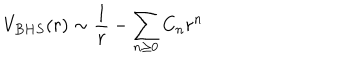
V _ { B H S } ( r ) \sim { \frac { 1 } { r } } - { \sum _ { n \ge 0 } C _ { n } r ^ { n } } \qquad